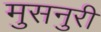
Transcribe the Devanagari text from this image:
मुसनुरी